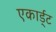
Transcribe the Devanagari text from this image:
एकार्ड्‌ट